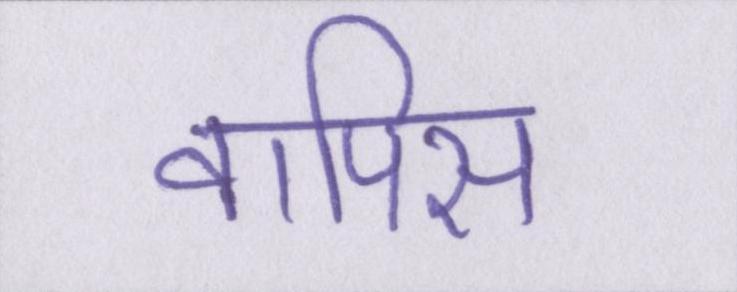
वापिस